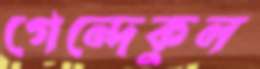
গেন্দেকুল